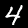
Label: 4